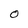
Character: O